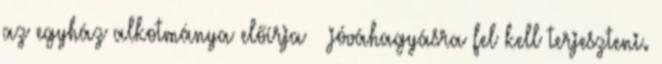
az egyház alkotmánya előírja – jóváhagyásra fel kell terjeszteni.